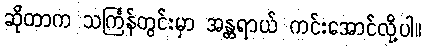
ဆိုတာက သင်္ကြန်တွင်းမှာ အန္တရာယ် ကင်းအောင်လို့ပါ။